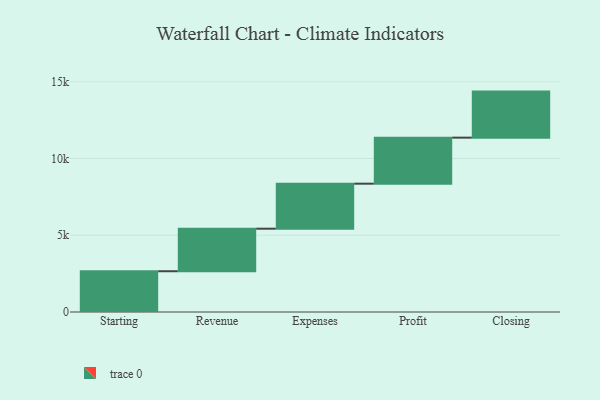
{"axis": {"x": "Step", "y": "Value"}, "legend": [""], "data": [{"x": "Starting", "y": 2657.0, "type": ""}, {"x": "Revenue", "y": 2772.0, "type": ""}, {"x": "Expenses", "y": 2933.0, "type": ""}, {"x": "Profit", "y": 3000, "type": ""}, {"x": "Closing", "y": 3000, "type": ""}]}